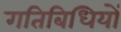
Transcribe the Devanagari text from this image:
गतिबिधियों